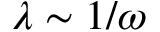
\lambda \sim 1 / \omega